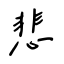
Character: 悲